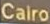
Cairo